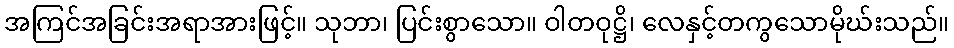
အကြင်အခြင်းအရာအားဖြင့်။ သုဘာ၊ ပြင်းစွာသော။ ဝါတဝုဋ္ဌိ၊ လေနှင့်တကွသောမိုဃ်းသည်။